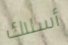
أسلاك